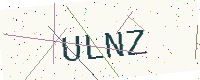
Text: ULNZ